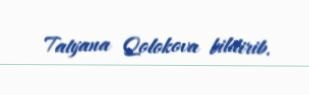
Tatyana Qolokova bildirib.